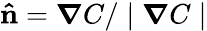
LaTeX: \mathbf{\hat{n}}=\boldsymbol\nabla C/\mid\boldsymbol\nabla C\mid